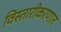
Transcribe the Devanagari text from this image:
विस्तारीकरणात